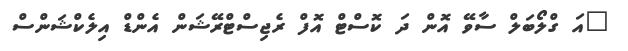
"އަ ގްލޯބަލް ސާވޭ އޮން ދަ ކޮސްޓް އޮފް ރެޖިސްޓްރޭޝަން އެންޑް އިލެކްޝަންސް